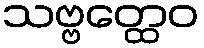
သဗ္ဗတ္ထေဝ